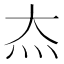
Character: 𬉵